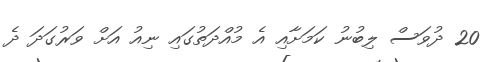
20 ދުވަސް ލިބުނު ކަމަށާއި އެ މުއްދަތުގައި ނިއު އަށް ވަރުގަދަ ދެ